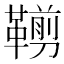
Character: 𩌵